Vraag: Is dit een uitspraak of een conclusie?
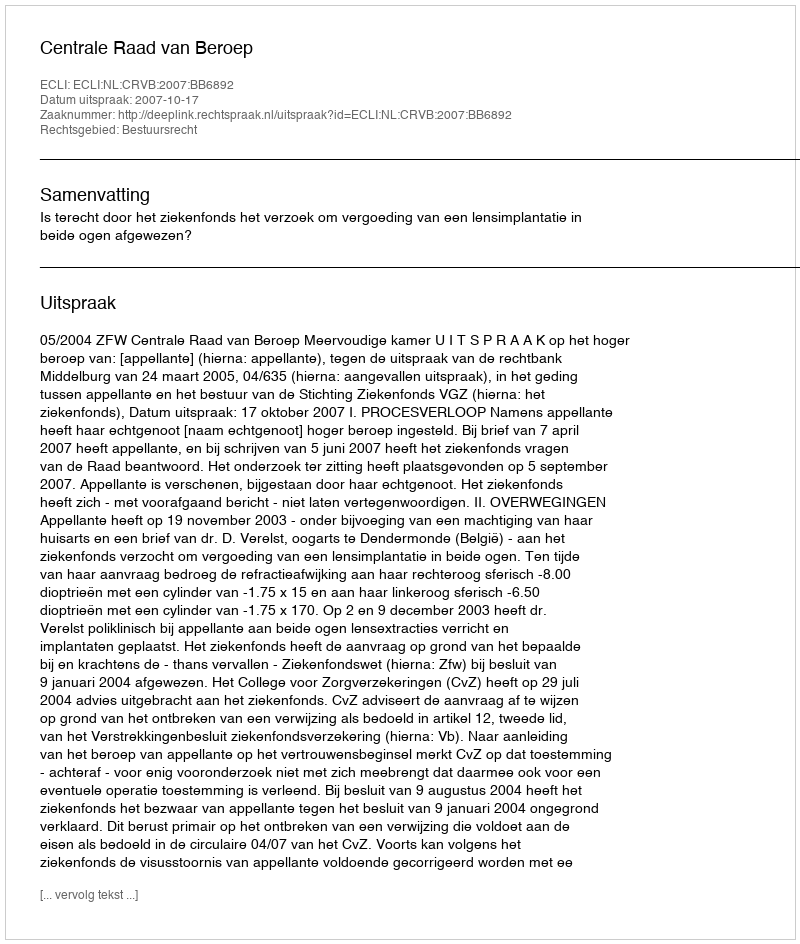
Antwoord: Uitspraak